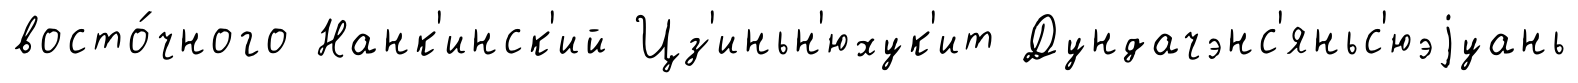
восто́чного Нанк'инск'ий Цз'иньн'юхук'ит Дундачэнс'яньс'юэjуань